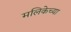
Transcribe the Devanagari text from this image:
मलिकेच्या